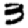
Digit: 3